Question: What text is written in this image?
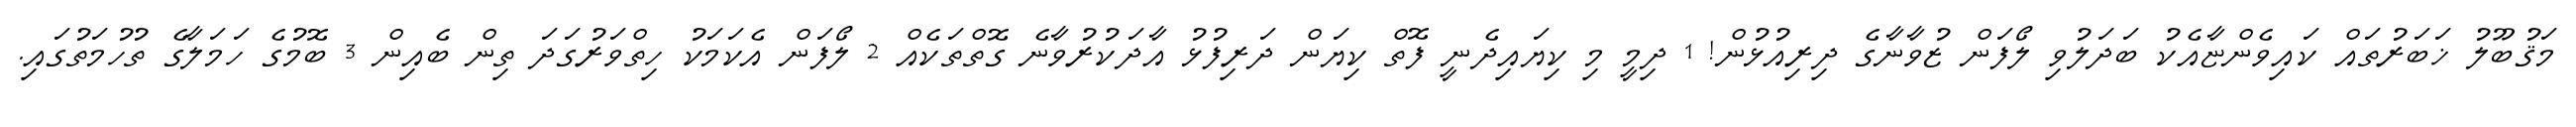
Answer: މަޤުބޫލު ޚަބަރުތައް ކައިވެންޏާއެކު ބަދަލުވި ލޯފަން ޒުވާނާގެ ދިރިއުޅުން! 1 ދިމީ މި ކިޔައިދެނީ ފޮތް ކިޔަން ދަރިފުޅު އާދަކުރުވާނެ ގޮތްތަކެއް 2 ލޯފަން އެކަމަކު ހިތްވަރުގަދަ ތިން ބެއިން 3 ބޮމުގެ ހަމަލާގެ ތުހުމަތުގައި.